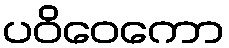
ပဝိဝေကော